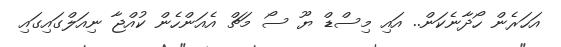
އަހަރެން ހޯދާނެކަން.. އައި މިސްޑް ޔޫ ސޯ މަޗް އެއަންހެން ކުއްޖާ ނިއަލްގައިގައި